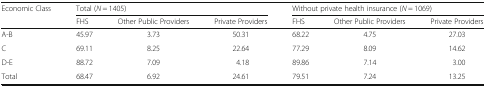
| <ROWSPAN=2> Economic Class | <COLSPAN=3> Total (N = 1405) | <COLSPAN=3> Without private health insurance (N = 1069) |
 | FHS | Other Public Providers | Private Providers | FHS | Other Public Providers | Private Providers |
 | --- | --- | --- | --- | --- | --- | --- |
 | A-B | 45.97 | 3.73 | 50.31 | 68.22 | 4.75 | 27.03 |
 | C | 69.11 | 8.25 | 22.64 | 77.29 | 8.09 | 14.62 |
 | D-E | 88.72 | 7.09 | 4.18 | 89.86 | 7.14 | 3.00 |
 | Total | 68.47 | 6.92 | 24.61 | 79.51 | 7.24 | 13.25 |